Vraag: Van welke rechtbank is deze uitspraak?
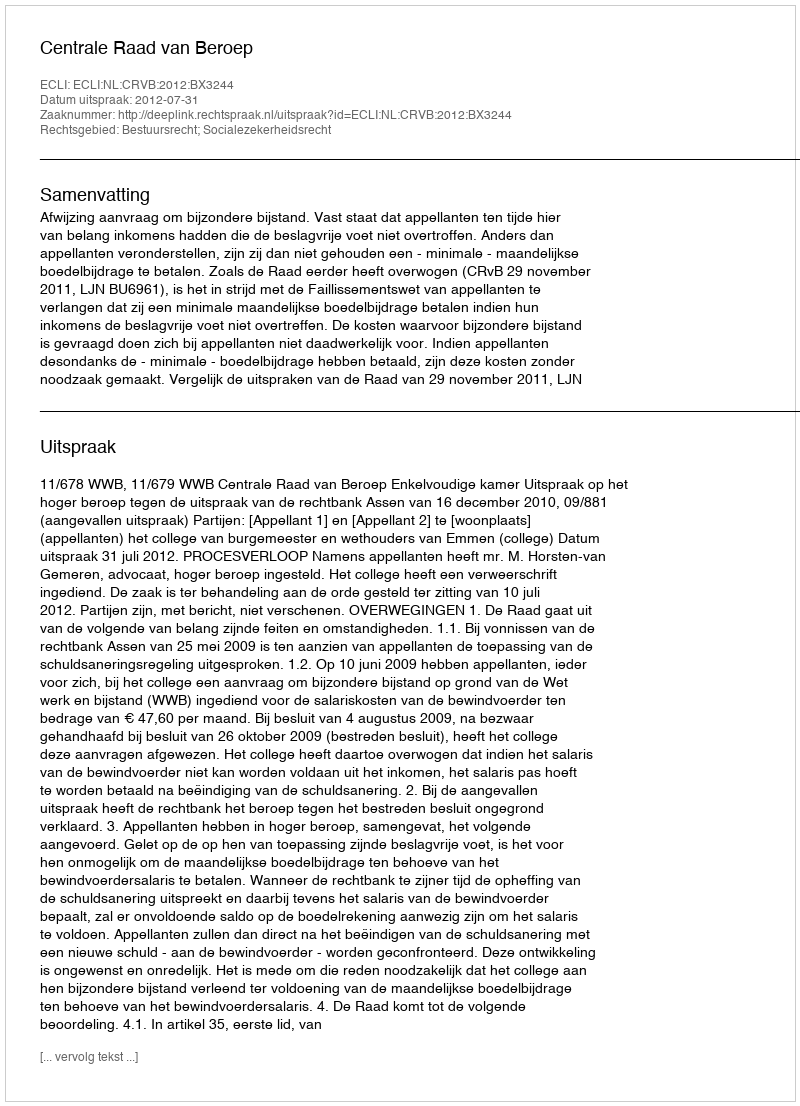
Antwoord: Centrale Raad van Beroep